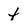
Character: f